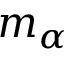
m _ { \alpha }